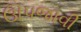
ઊપજાવી